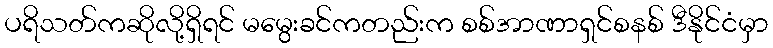
ပရိသတ်ကဆိုလို့ရှိရင် မမွေးခင်ကတည်းက စစ်အာဏာရှင်စနစ် ဒီနိုင်ငံမှာ